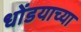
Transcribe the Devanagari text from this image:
धोंडयाच्या